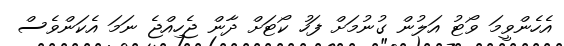
އެހެންވީމަ ވޯޓު އަލުން ގުނުމަށް ފަހު ކޯޓަށް ދާން ޖެހިއްޖެ ނަމަ އެކަންވެސް